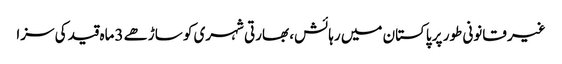
غیر قانونی طور پر پاکستان میں رہائش، بھارتی شہری کو ساڑھے 3ماہ قید کی سزا